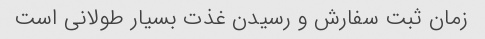
زمان ثبت سفارش و رسیدن غذت بسیار طولانی است